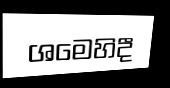
ශමෙහිදී